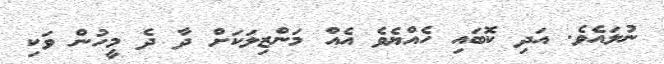
ނުލައެވެ. އަދި ކޮބައި ހެއްޔެވެ އެއް މަންޒިލަކަށް ދާ ދެ މީހުން ވަކި